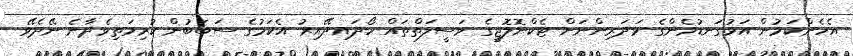
އެހެންކަމުން އަޅުގަނޑުމެންގެ ޅަދަރިންނަށް ޓެކްނޮލޮޖީގެ ވަސީލަތްތައް ހޯދައިދޭއިރު އެކަމުގެ ސަބަބުން ކުރިމަތިވެދާނެ ނޭދެވޭ